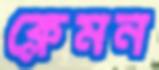
ক্লেমন